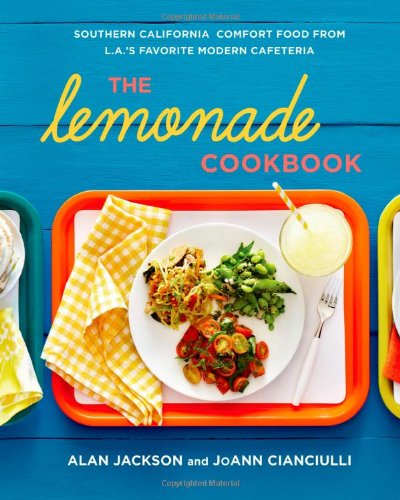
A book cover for The Lemonade Cookbook: Southern California Comfort Food from L.A.'s Favorite Modern Cafeteria; Alan Jackson; Cookbooks, Food & Wine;